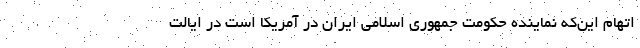
اتهام این‌که نماینده حکومت جمهوری اسلامی ایران در آمریکا است در ایالت